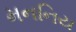
મનનિય